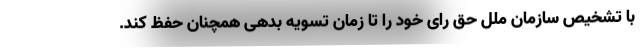
با تشخیص سازمان ملل حق رای خود را تا زمان تسویه بدهی همچنان حفظ کند.